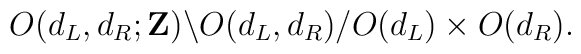
O(d_L,d_R;{\bf Z}) \backslash O(d_L,d_R) / O(d_L) \times O(d_R).